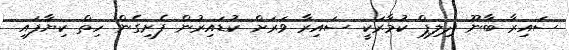
ސައިރާ ބާނޫ ދިލިޕް ކުމާރަކީ ސައިރާ ވަރަށް ކުޑައިރުން ފެށިގެން ހިތް ކިިޔާފައި